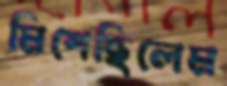
মিশেছিলেম